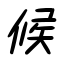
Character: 候